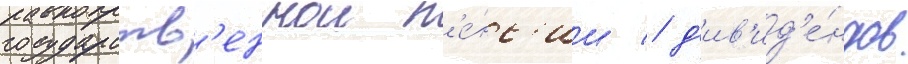
государств'еннои п'е́нс'ии / д'ив'ид'е́ндов